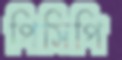
পিসিপি